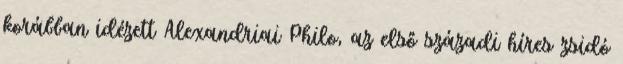
korábban idézett Alexandriai Philo, az első századi híres zsidó